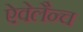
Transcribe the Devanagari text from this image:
ऐवेलैन्च